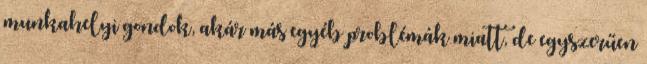
munkahelyi gondok, akár más egyéb problémák miatt, de egyszerűen